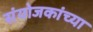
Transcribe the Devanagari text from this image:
संयोजकांच्या